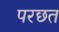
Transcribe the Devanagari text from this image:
परछत